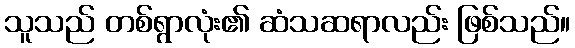
သူသည် တစ်ရွာလုံး၏ ဆံသဆရာလည်း ဖြစ်သည်။